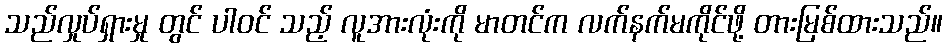
သည်လှုပ်ရှားမှု တွင် ပါဝင် သည့် လူအားလုံးကို မာတင်က လက်နက်မကိုင်ဖို့ တားမြစ်ထားသည်။